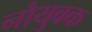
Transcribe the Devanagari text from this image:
नौयुवक